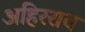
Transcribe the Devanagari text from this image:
अहिरराव